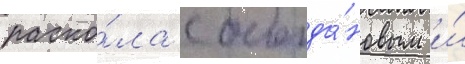
раско́ла с богда́новым и́